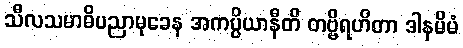
သီလသမာဓိပညာမုခေန အကပ္ပိယာနီတိ တဗ္ဗိရဟိတာ ဒါနမိမံ